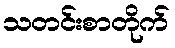
သတင်းစာတိုက်